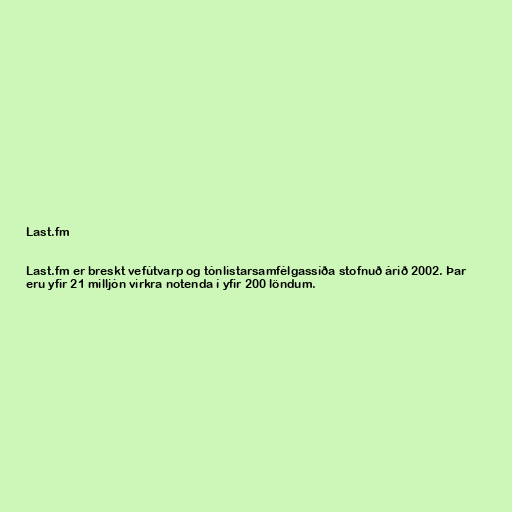
Last.fm

Last.fm er breskt vefútvarp og tónlistarsamfélgassíða stofnuð árið 2002. Þar
eru yfir 21 milljón virkra notenda í yfir 200 löndum.